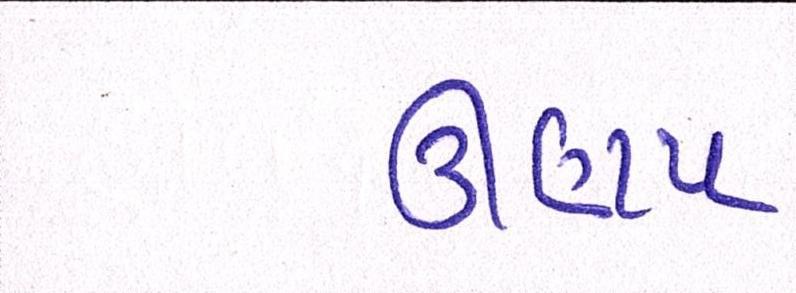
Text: ઊણપ